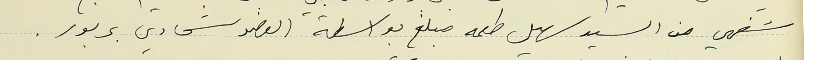
شفهي من السيد سهيل طعمه مبلغ بواسطة العضو شحادي بربور.